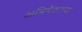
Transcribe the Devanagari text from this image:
अभिषेकाच्या